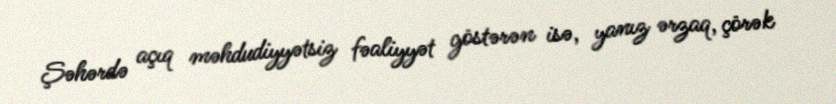
Şəhərdə açıq məhdudiyyətsiz fəaliyyət göstərən isə, yanız ərzaq, çörək